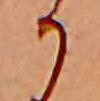
か